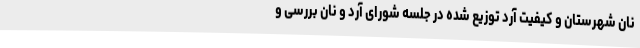
نان شهرستان و کیفیت آرد توزیع شده در جلسه شورای آرد و نان بررسی و